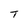
Character: T